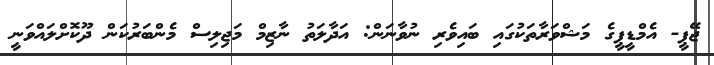
ޖޭޕީ- އެމްޑީޕީގެ މަޝްވަރާތަކުގައި ބައިވެރި ނުވާނަން: އަދާލަތު ނާޒިމް މަޖިލިސް މެންބަރުކަން ދޫކޮށްލައްވަނީ